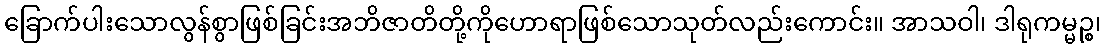
ခြောက်ပါးသောလွန်စွာဖြစ်ခြင်းအဘိဇာတိတို့ကိုဟောရာဖြစ်သောသုတ်လည်းကောင်း။ အာသဝါ၊ ဒါရုကမ္မဉ္စ၊